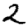
Digit: 2